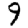
Digit: 9